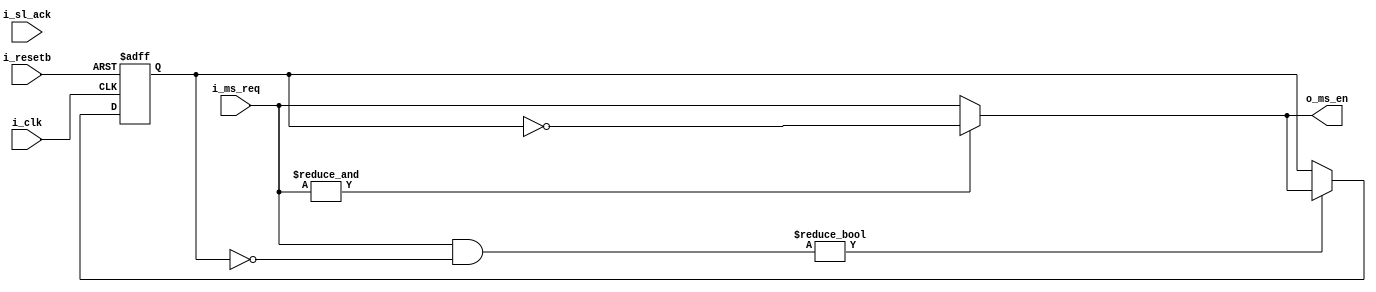
module sc_rr_crossbar_arbiter_atom
(
    // general io
    input           i_clk,
    input           i_resetb,
        
    // master's request 
    input   [1:0]   i_ms_req,
        
    // slave's response
    input           i_sl_ack,
        
    // arbiter outputs
    output  [1:0]   o_ms_en
);

reg [1:0]   r_grant_hist;

always @(posedge i_clk or negedge i_resetb) begin
    if(~i_resetb) begin
        r_grant_hist    <= 2'b01;
    end
    else
    begin
		if(i_ms_req&r_grant_hist == 2'b00)
			r_grant_hist <= o_ms_en;			
	end 
end

assign o_ms_en = &i_ms_req ? ~r_grant_hist : i_ms_req;

endmodule